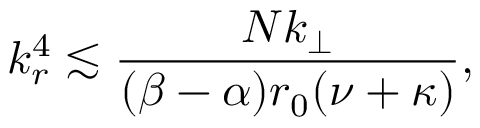
k _ { r } ^ { 4 } \lesssim \frac { N k _ { \perp } } { ( \beta - \alpha ) r _ { 0 } ( \nu + \kappa ) } ,